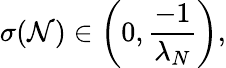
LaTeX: \sigma(\mathcal{N})\in\left(0,\frac{-1}{\lambda_{N}}\right),